NASA-UAP-D2, Apollo 17 Transcript, 1972
Agency: NASA
Incident date: 1972
Incident location: Moon
Page 4
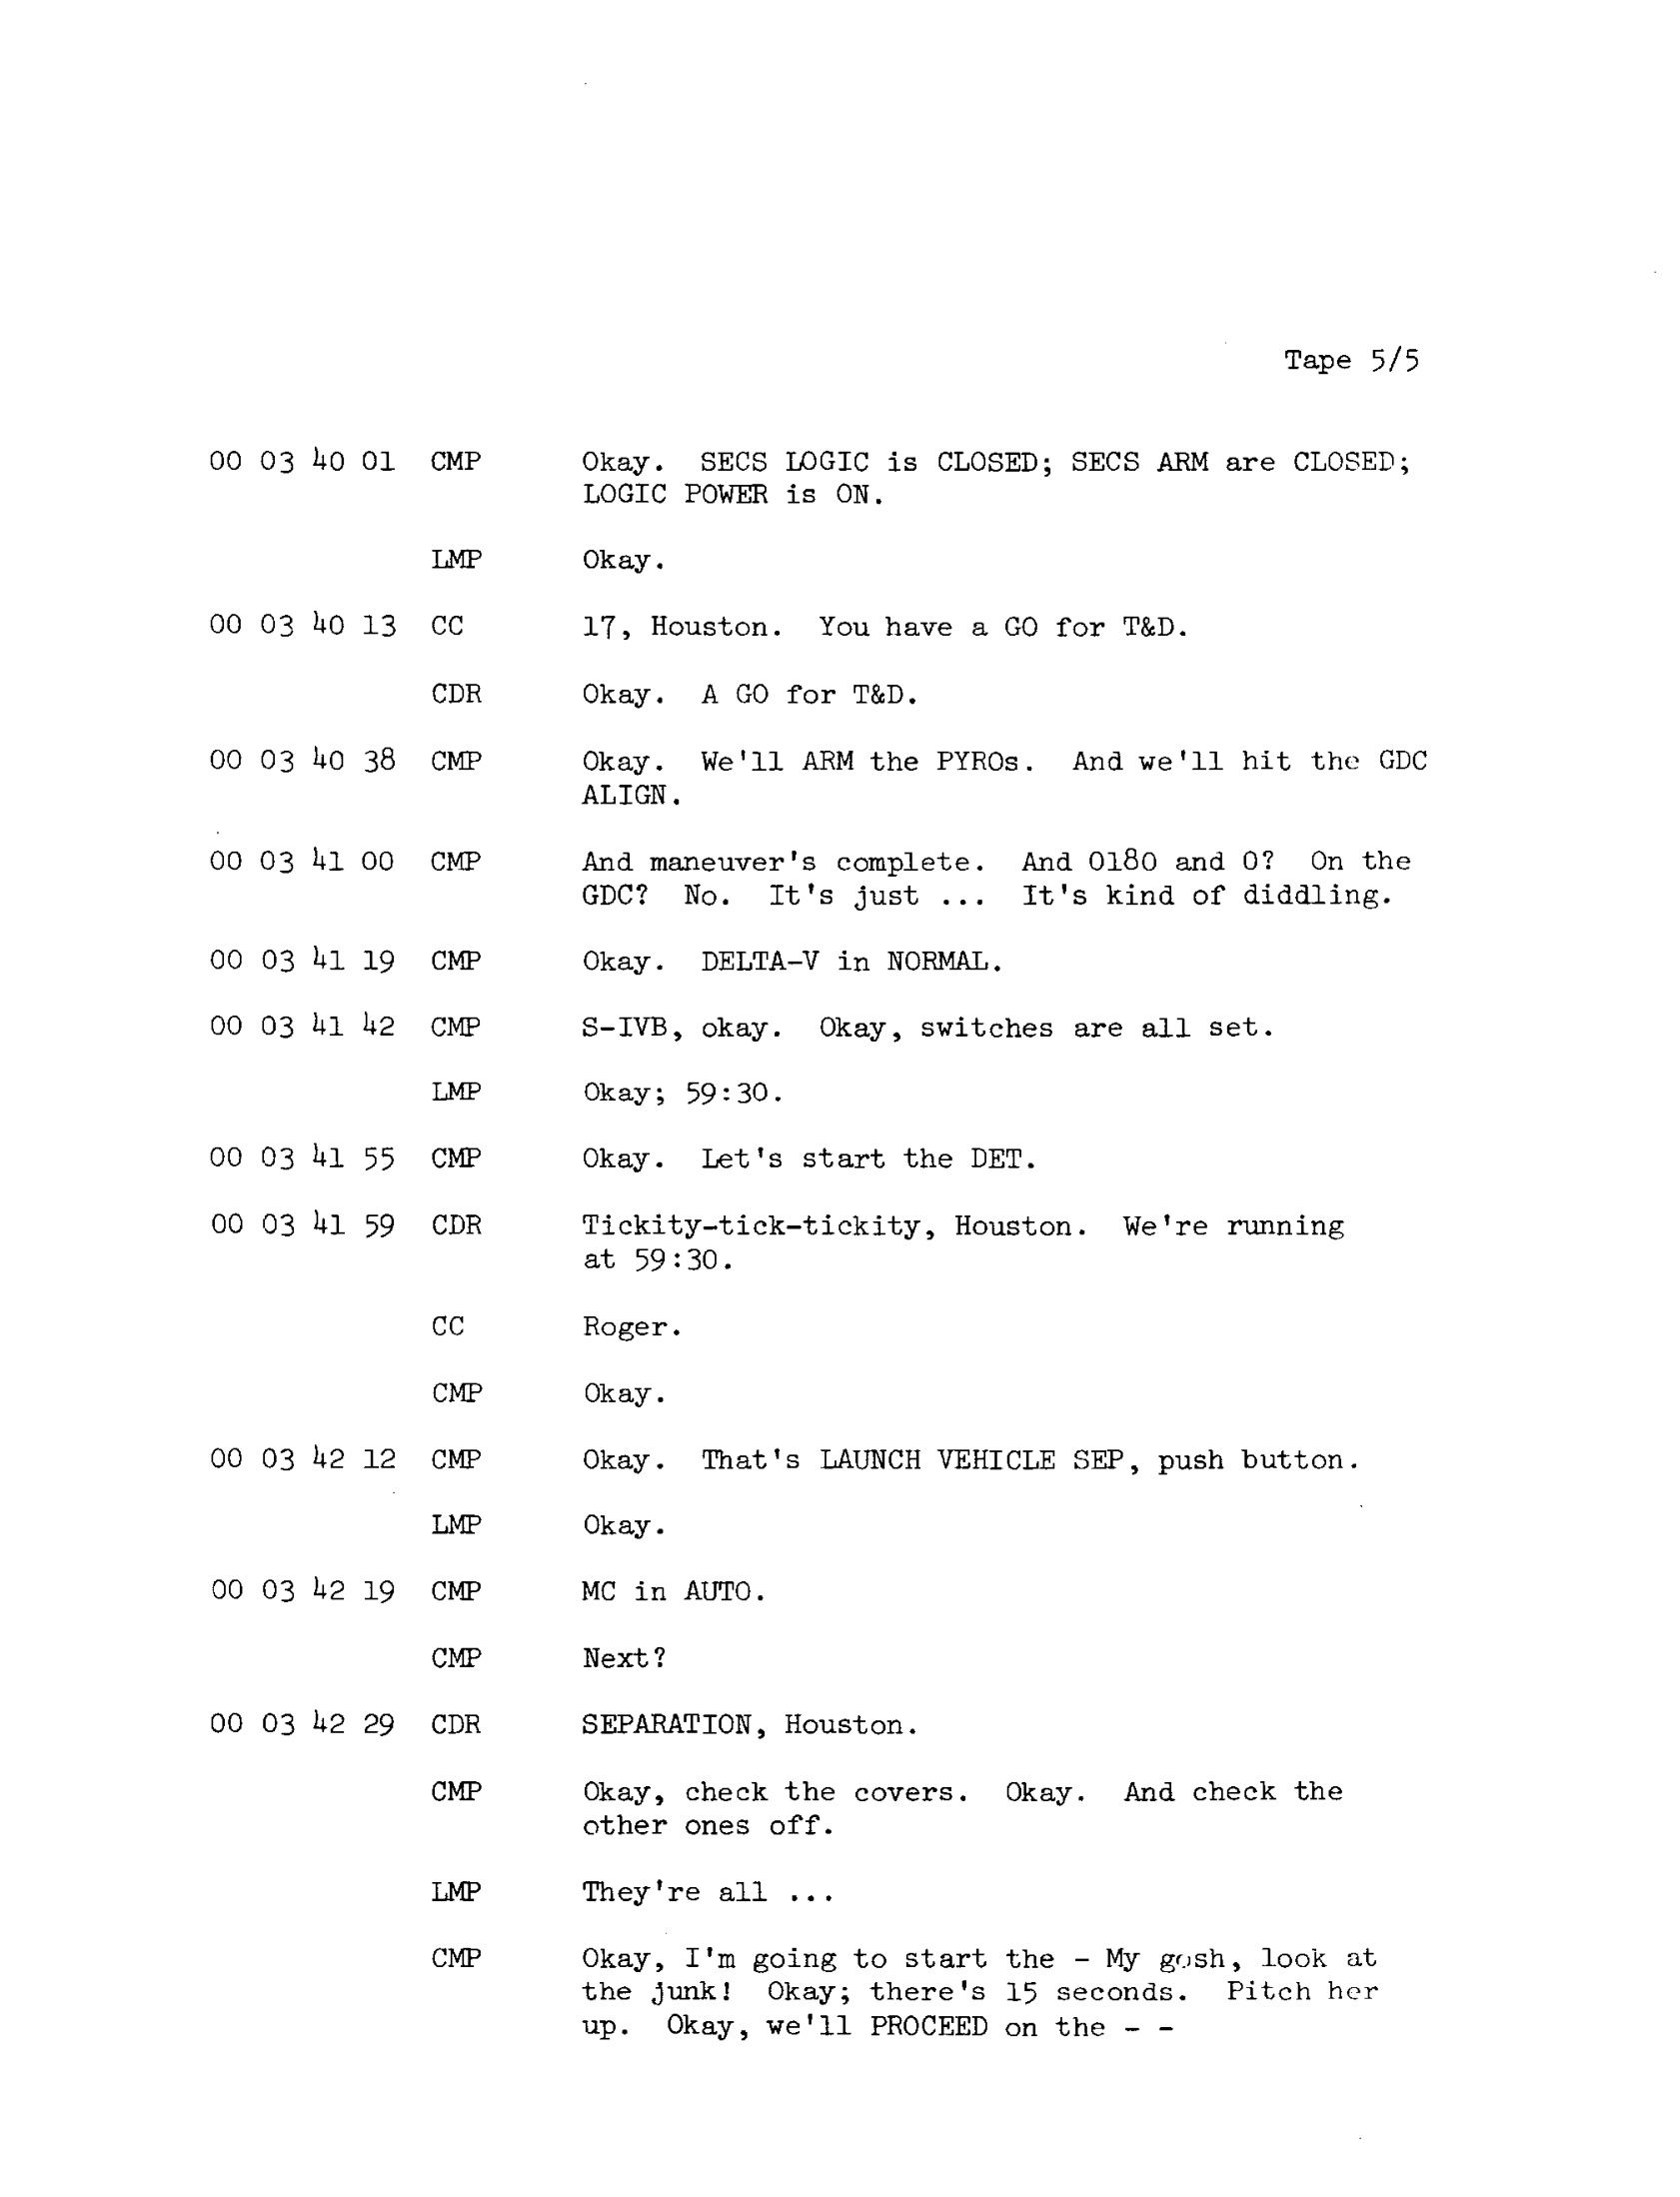